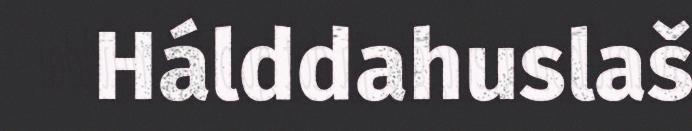
Hálddahuslaš